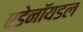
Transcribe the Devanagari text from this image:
एडेनॉयडल